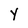
Character: y